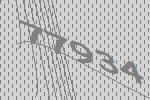
77934